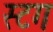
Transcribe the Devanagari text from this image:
स्टग